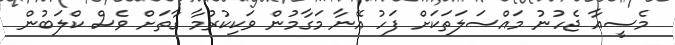
މެސީއާ ޖެހުނު މައްސަލަތަކަށް ފަހު އޭނާ މަގާމުން ވަކިކުރުމާ ގާތަށް ވެސް ކްލަބުން